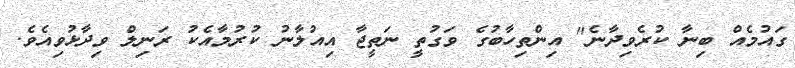
ގައުމެއް ބިނާ ކުރެވިދާނެ" އިންތިހާބުގެ ވަގުތީ ނަތީޖާ އިއުލާނު ކުރުމާއެކު ރަނިލް ވިދާޅުވިއެވެ.